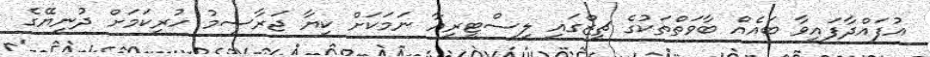
އުފައްދާފައިވާ ބައެއް ބާވަތްތަކުގެ ޗީޒްގައި ލިސްޓީރިއާ ނަމަކަށް ކިޔާ ޖަރާސީމު ހުރިކަމަށް ދުނިޔޭގެ